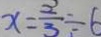
x = \frac { 2 } { 3 } \div 6